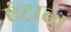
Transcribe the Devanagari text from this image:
एंट्राच्त